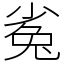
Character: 㝹